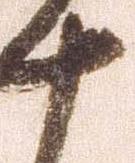
十